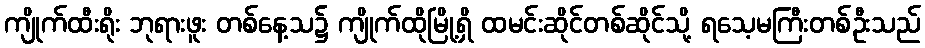
ကျိုက်ထီးရိုး ဘုရားဖူး တစ်နေ့သ၌ ကျိုက်ထိုမြို့ရှိ ထမင်းဆိုင်တစ်ဆိုင်သို့ ရသေ့မကြီးတစ်ဦးသည်